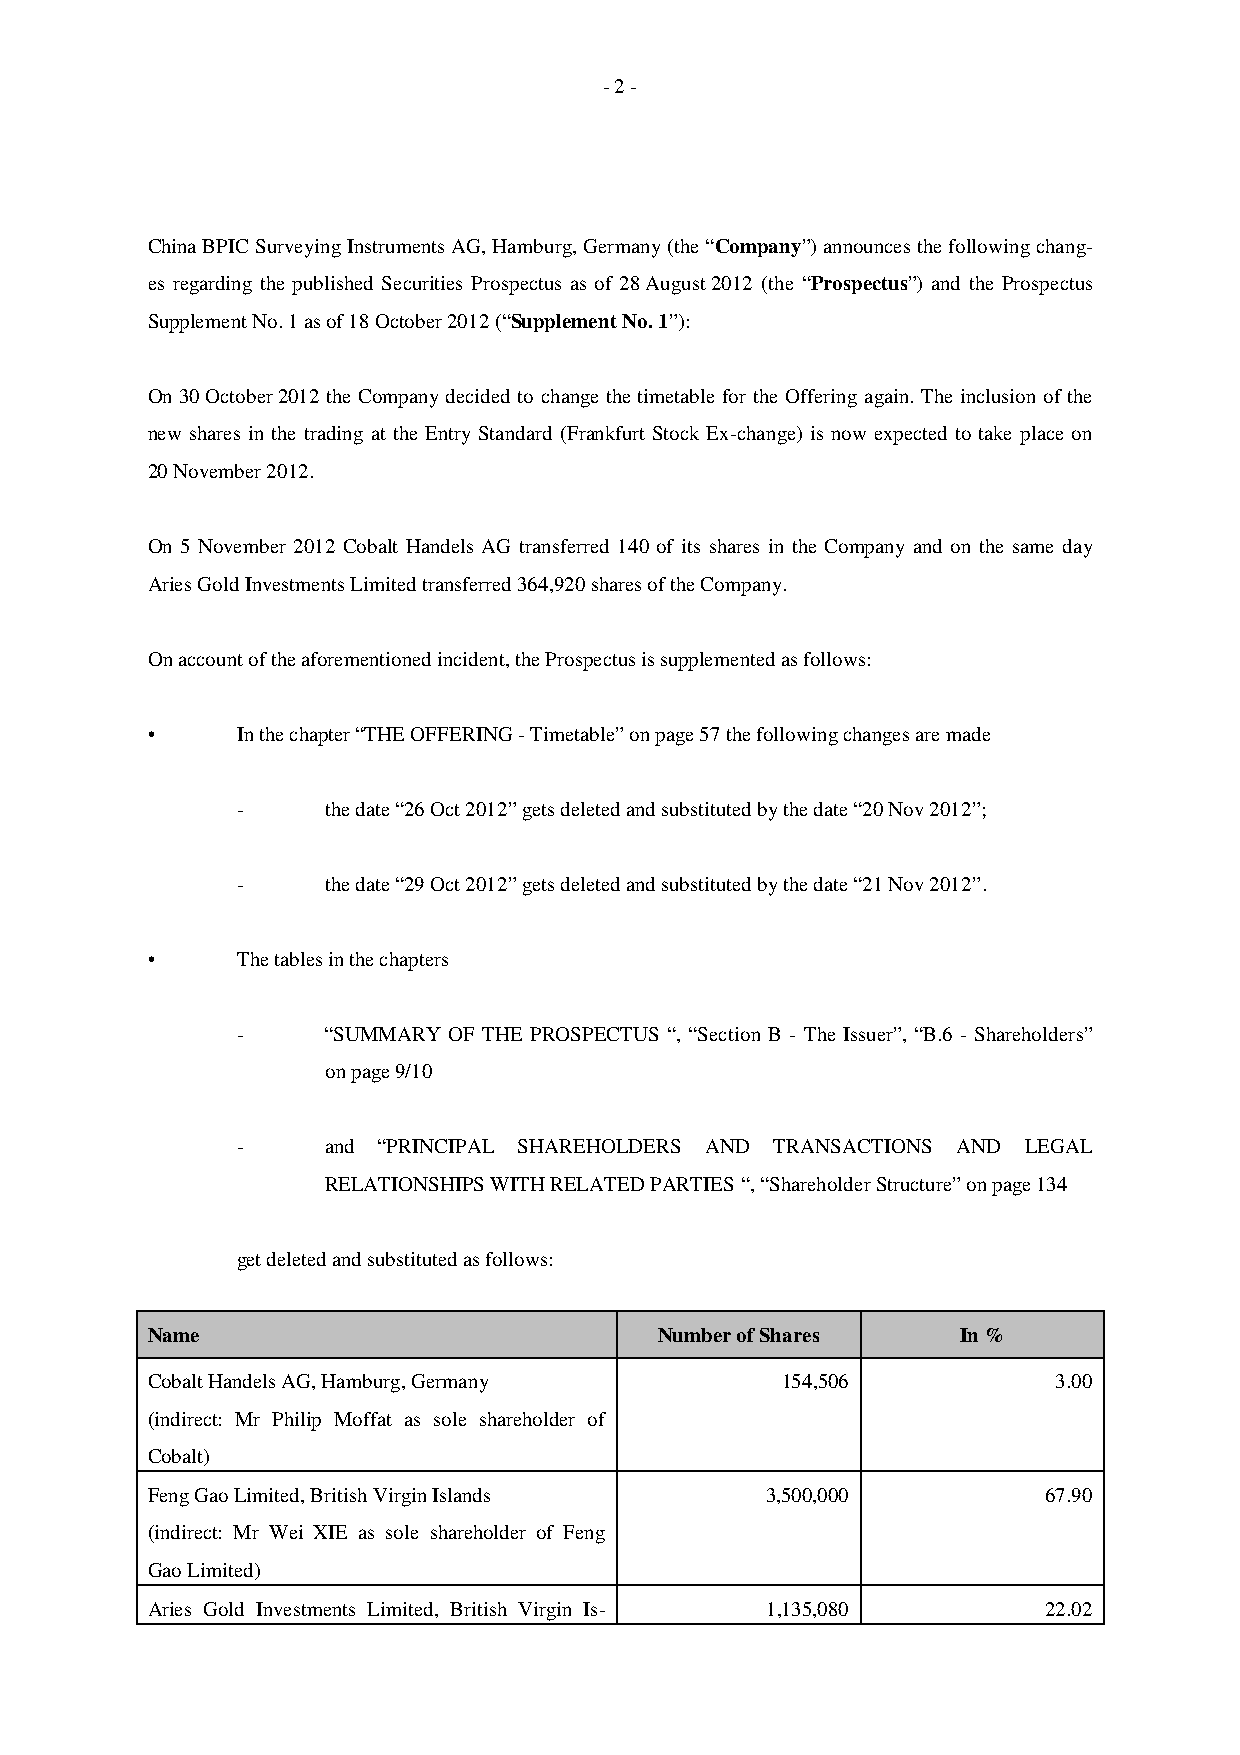
- 2 -
 China BPIC Surveying Instruments AG, Hamburg, Germany (the “Company”) announces the following chang-
 es regarding the published Securities Prospectus as of 28 August 2012 (the “Prospectus”) and the Prospectus
 Supplement No. 1 as of 18 October 2012 (“Supplement No. 1”):
 On 30 October 2012 the Company decided to change the timetable for the Offering again. The inclusion of the
 new shares in the trading at the Entry Standard (Frankfurt Stock Ex-change) is now expected to take place on
 20 November 2012.
 On 5 November 2012 Cobalt Handels AG transferred 140 of its shares in the Company and on the same day
 Aries Gold Investments Limited transferred 364,920 shares of the Company.
 On account of the aforementioned incident, the Prospectus is supplemented as follows:
 •     In the chapter “THE OFFERING - Timetable” on page 57 the following changes are made
 -     the date “26 Oct 2012” gets deleted and substituted by the date “20 Nov 2012”;
 -     the date “29 Oct 2012” gets deleted and substituted by the date “21 Nov 2012”.
 •     The tables in the chapters
 -     “SUMMARY OF THE PROSPECTUS “, “Section B - The Issuer”, “B.6 - Shareholders”
 on page 9/10
 -     and “PRINCIPAL SHAREHOLDERS AND TRANSACTIONS AND LEGAL
 RELATIONSHIPS WITH RELATED PARTIES “, “Shareholder Structure” on page 134
 get deleted and substituted as follows:
 Name                              Number of Shares    In %
 Cobalt Handels AG, Hamburg, Germany       154,506           3.00
 (indirect: Mr Philip Moffat as sole shareholder of
 Cobalt)
 Feng Gao Limited, British Virgin Islands 3,500,000         67.90
 (indirect: Mr Wei XIE as sole shareholder of Feng
 Gao Limited)
 Aries Gold Investments Limited, British Virgin Is- 1,135,080 22.02